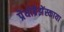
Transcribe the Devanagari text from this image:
प्रेयोब्रैझेंस्काया